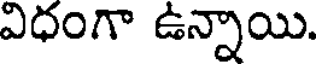
విధంగా ఉన్నాయి.